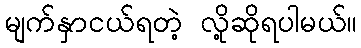
မျက်နှာငယ်ရတဲ့ လို့ဆိုရပါမယ်။